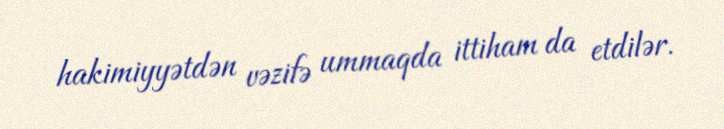
hakimiyyətdən vəzifə ummaqda ittiham da etdilər.